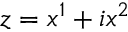
z = x ^ { 1 } + i x ^ { 2 }